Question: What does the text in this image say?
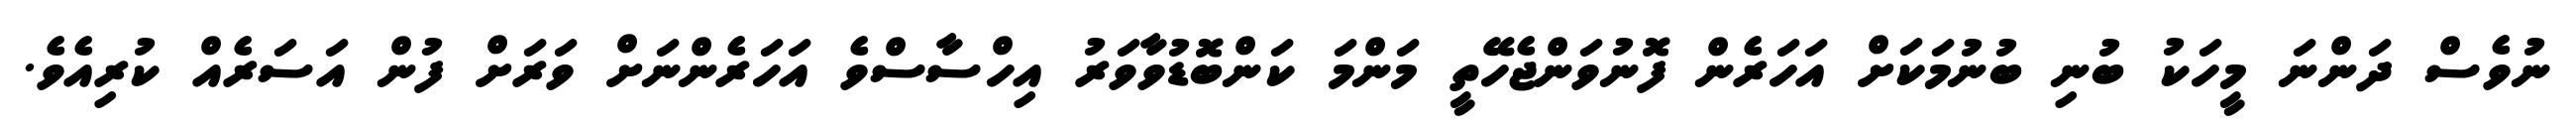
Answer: ނުވެސް ދަންނަ މީހަކު ބުނި ބުނުމަކަށް އަހަރެން ފޮނުވަންޖެހޭތީ މަންމަ ކަންބޮޑުވާވަރު އިހްސާސްވެ އަހަރެންނަށް ވަރަށް ފުން އަސަރެއް ކުރިއެވެ.